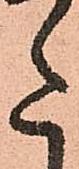
た